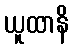
ယူထာနိ